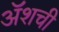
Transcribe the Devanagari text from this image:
ॲशची